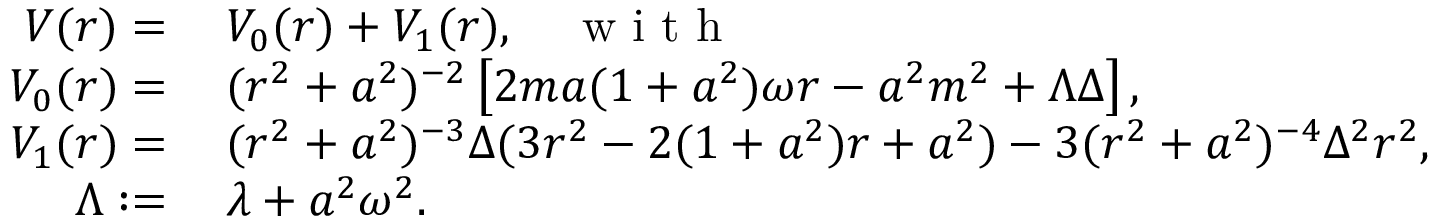
\begin{array} { r l } { V ( r ) = } & { \: V _ { 0 } ( r ) + V _ { 1 } ( r ) , \quad \textnormal { w i t h } } \\ { V _ { 0 } ( r ) = } & { \: ( r ^ { 2 } + a ^ { 2 } ) ^ { - 2 } \left[ 2 m a ( 1 + a ^ { 2 } ) \omega r - a ^ { 2 } m ^ { 2 } + \Lambda \Delta \right] , } \\ { V _ { 1 } ( r ) = } & { \: ( r ^ { 2 } + a ^ { 2 } ) ^ { - 3 } \Delta ( 3 r ^ { 2 } - 2 ( 1 + a ^ { 2 } ) r + a ^ { 2 } ) - 3 ( r ^ { 2 } + a ^ { 2 } ) ^ { - 4 } \Delta ^ { 2 } r ^ { 2 } , } \\ { \Lambda : = } & { \: \lambda + a ^ { 2 } \omega ^ { 2 } . } \end{array}